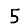
Digit: 5